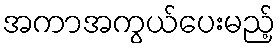
အကာအကွယ်ပေးမည့်